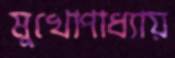
মুখোপাধ্যায়